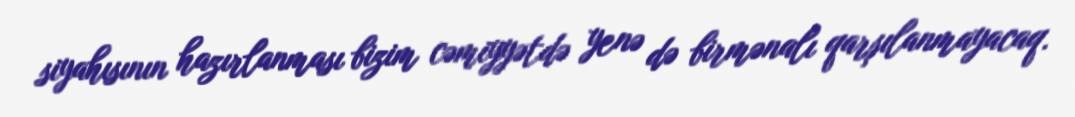
siyahısının hazırlanması bizim cəmiyyətdə yenə də birmənalı qarşılanmayacaq.